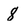
Character: 8